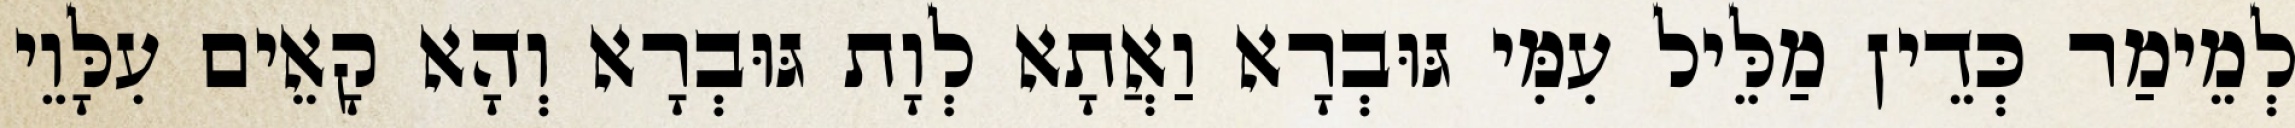
לְמֵימַר כְּדֵין מַלֵּיל עִמִּי גּוּבְרָא וַאֲתָא לְוָת גּוּבְרָא וְהָא קָאֵים עִלָּוֵי